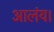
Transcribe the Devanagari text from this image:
आलंय।